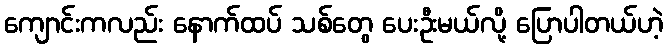
ကျောင်းကလည်း နောက်ထပ် သစ်တွေ ပေးဦးမယ်လို့ ပြောပါတယ်ဟဲ့